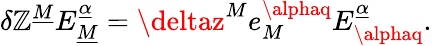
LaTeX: \delta\mathbb{Z}^{\underline{{{M}}}}E_{\underline{{{M}}}}^{\underline{{{\alpha}}}}=\deltaz^{M}e_{M}^{\alphaq}E_{\alphaq}^{\underline{{{\alpha}}}}.